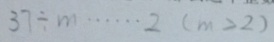
3 7 \div m \cdots 2 ( m > 2 2 )